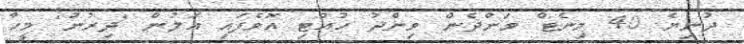
ދުނިޔެ 40 މިނެޓް ވަންދެން ވިންދު ހުއްޓި އޮވެފައި އަލުން 'ދިރުނު' މީހާ